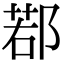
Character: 鄀